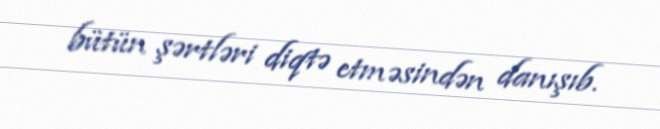
bütün şərtləri diqtə etməsindən danışıb.